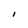
Character: l